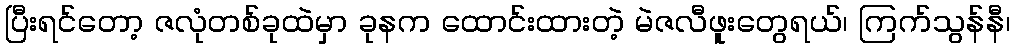
ပြီးရင်တော့ ဇလုံတစ်ခုထဲမှာ ခုနက ထောင်းထားတဲ့ မဲဇလီဖူးတွေရယ်၊ ကြက်သွန်နီ၊